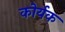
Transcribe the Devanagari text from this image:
कोर्यक